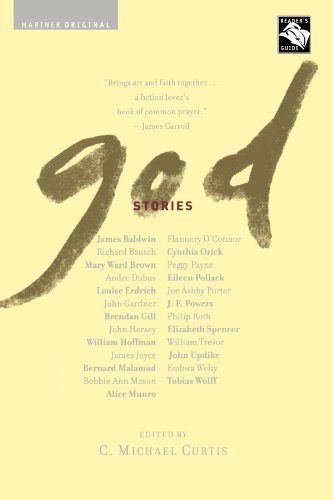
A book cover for God: Stories; Religion & Spirituality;